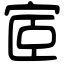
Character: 宧